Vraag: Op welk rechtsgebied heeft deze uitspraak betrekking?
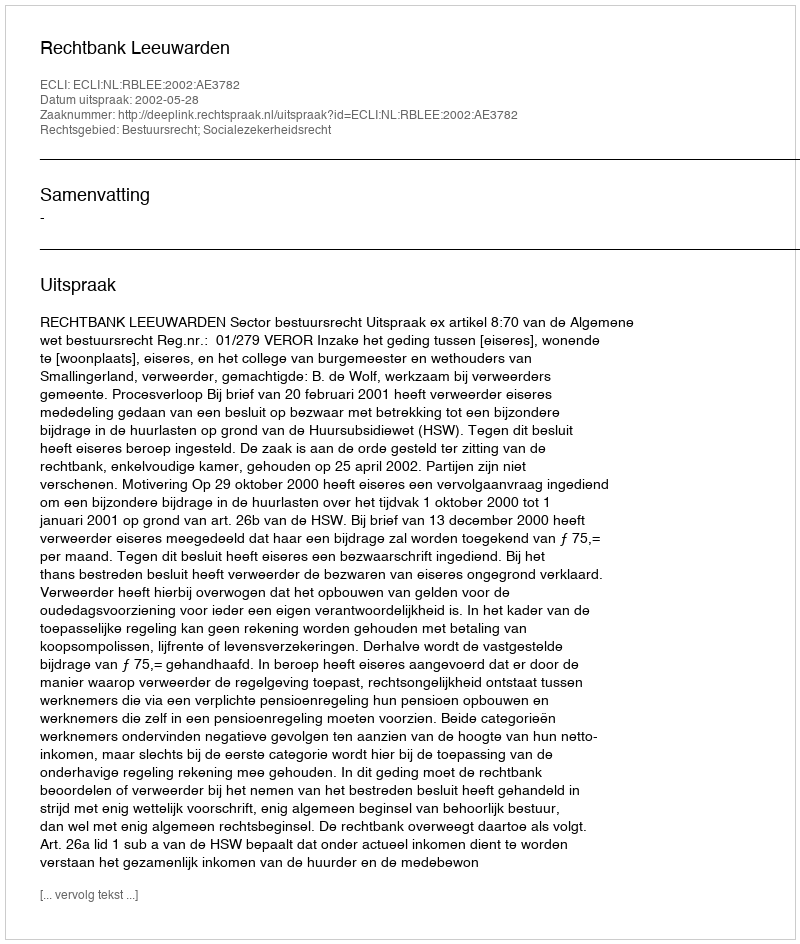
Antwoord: Bestuursrecht; Socialezekerheidsrecht